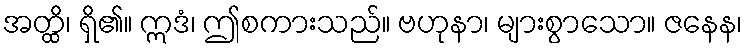
အတ္ထိ၊ ရှိ၏။ ဣဒံ၊ ဤစကားသည်။ ဗဟုနာ၊ များစွာသော။ ဇနေန၊